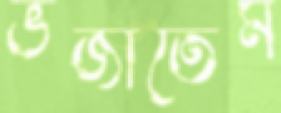
ভজাতেম